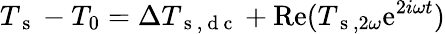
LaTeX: T_{\mathrm{~s~}}-T_{0}=\Delta T_{\mathrm{~s~,~d~c~}}+\mathrm{Re}(T_{\mathrm{~s~},2\omega}\mathrm{e}^{2i\omega t})